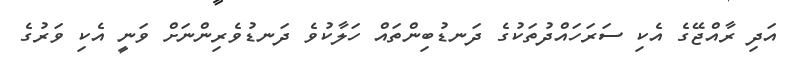
އަދި ރާއްޖޭގެ އެކި ސަރަހައްދުތަކުގެ ދަނޑުބިންތައް ހަލާކުވެ ދަނޑުވެރިންނަށް ވަނީ އެކި ވަރުގެ